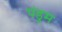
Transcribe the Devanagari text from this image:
पंडुम